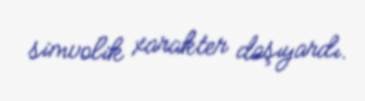
simvolik xarakter daşıyardı.